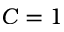
C = 1